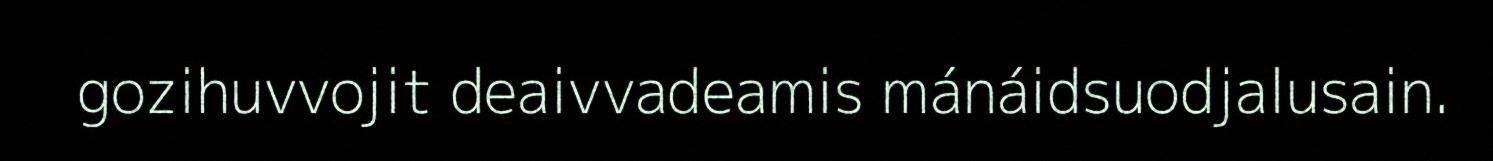
gozihuvvojit deaivvadeamis mánáidsuodjalusain.